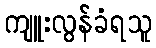
ကျူးလွန်ခံရသူ